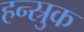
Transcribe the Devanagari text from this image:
हन्स्रुक